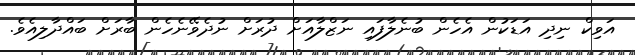
އަވިކް ނިދި އަޑަކުން އެހެން ބުނެލާފައި ނަޒްލާއަށް ދުރަށް ނުދެވޭނެހެން ބާރަށް ބައްދާލިއެވެ.